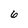
Character: 6